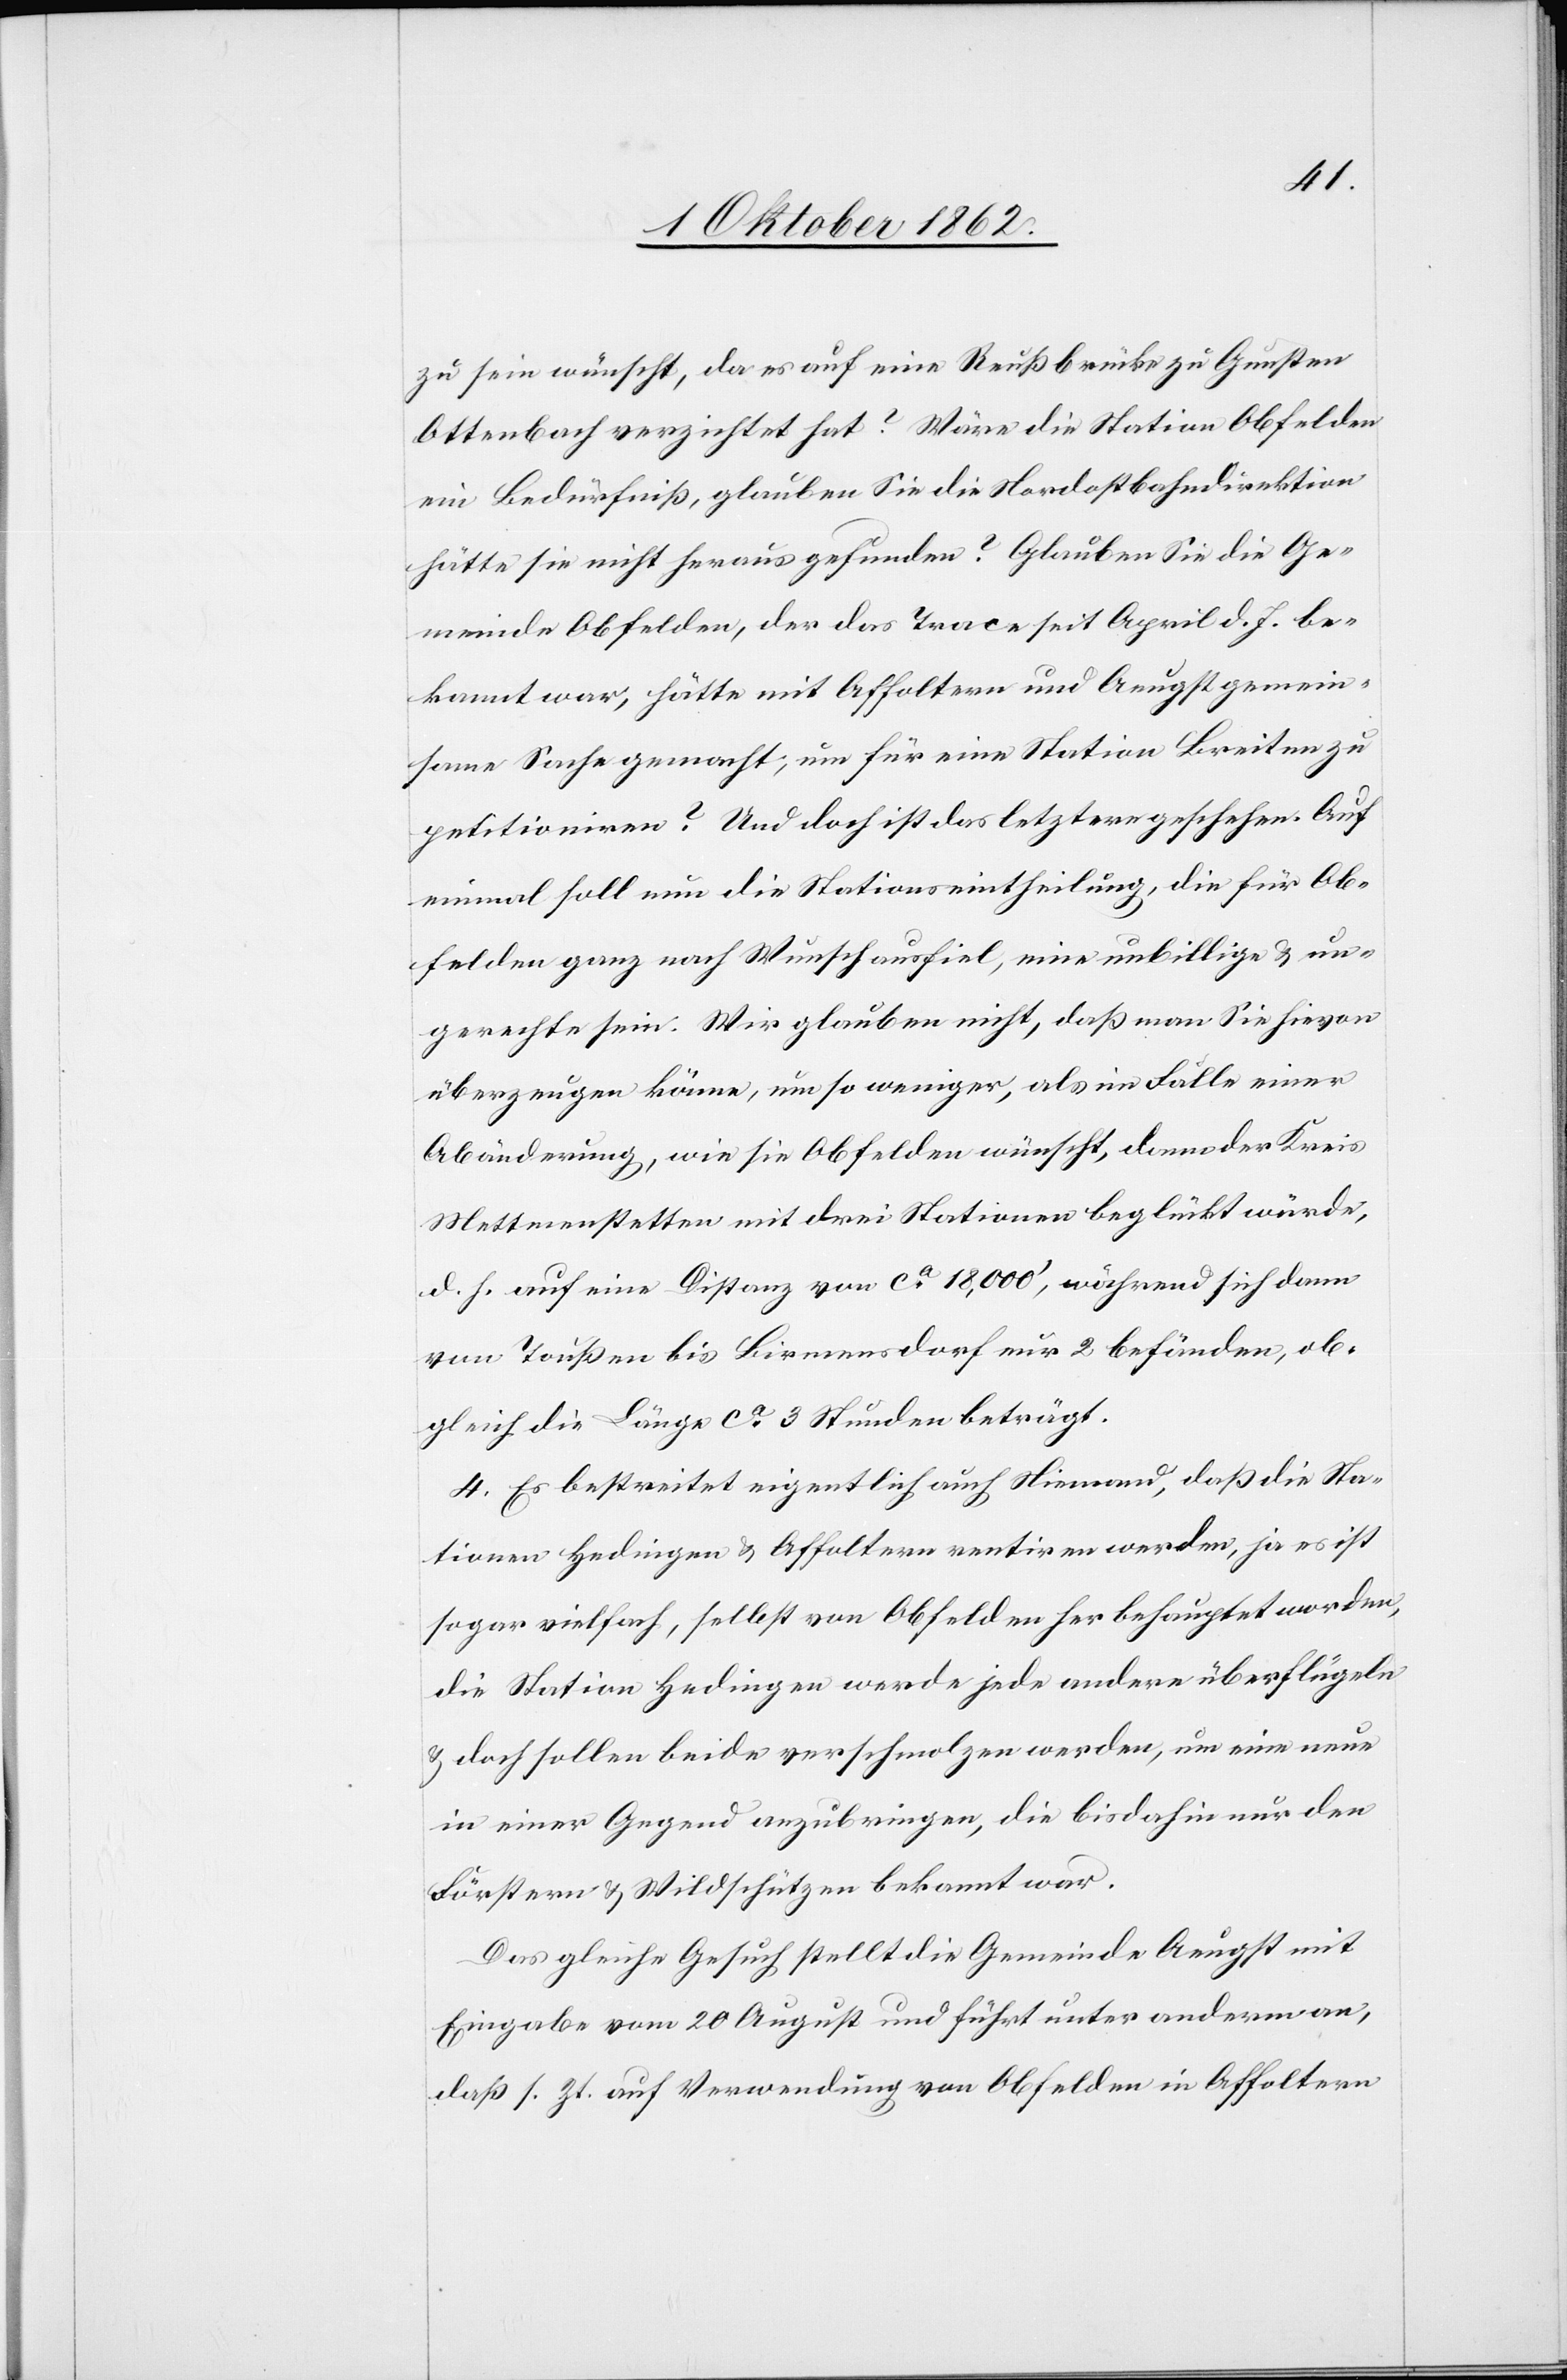
zu sein wünscht, da es auf eine Reußbrücke zu Gunsten
Ottenbach verzichtet hat? Wäre die Station Obfelden
ein Bedürfniß, glauben Sie die Nordostbahndirektion
hätte sie nicht heraus gefunden? Glauben Sie die Ge¬
meinde Obfelden, der das Trace seit April d. Js. be¬
kannt war, hätte mit Affoltern und Aeugst gemein¬
same Sache gemacht, um für eine Station Breiten zu
petitioniren? Und doch ist das letztere geschehen. Auf
einmal soll nun die Stationseintheilung, die für Ob¬
felden ganz nach Wunsch ausfiel, eine unbillige u. un¬
gerechte sein. Wir glauben nicht, daß man Sie hievon
überzeugen könne, um so weniger, als im Falle einer
Abänderung, wie sie Obfelden wünscht, dann der Kreis
Mettmenstetten mit drei Stationen beglückt würde,
d. h. auf eine Distanz von ca 18,000’, während sich dann
von Toußen bis Birmensdorf nur 2 befänden, ob¬
gleich die Länge ca 3 Stunden beträgt.
4. Es bestreitet eigentlich auch Niemand, daß die Sta¬
tionen Hedingen u. Affoltern rentiren werden, ja es ist
sogar vielfach, selbst von Obfelden her behauptet worden,
die Station Hedingen werde jede andere überflügeln
u. jedoch sollen beide verschmolzen werden, um eine neue
in einer Gegend anzubringen, die bisdahin nur den
Förstern u. Wildschützen bekannt war.
Das gleiche Gesuch stellt die Gemeinde Aeugst mit
Eingabe vom 20. August und führt unter anderm an,
daß s. Zt. Verwendung von Obfelden in Affoltern